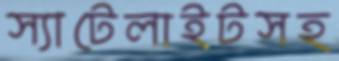
স্যাটেলাইটসহ